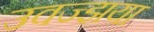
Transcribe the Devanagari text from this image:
उवज्झया